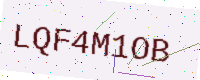
Text: LQF4M1OB